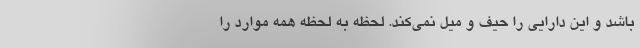
باشد و این دارایی را حیف و میل نمی‌کند. لحظه به لحظه همه موارد را